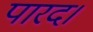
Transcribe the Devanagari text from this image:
पारद।